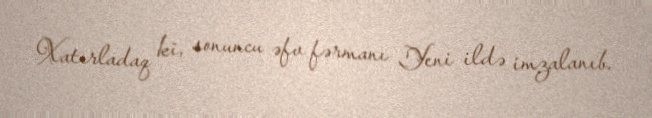
Xatırladaq ki, sonuncu əfv fərmanı Yeni ildə imzalanıb.